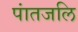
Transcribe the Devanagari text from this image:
पांतजलि